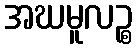
အဃမူလဉ္စ